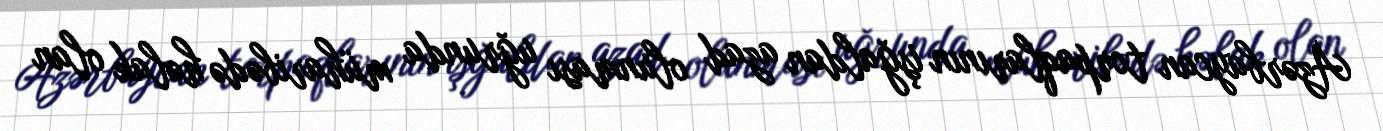
Azərbaycan torpaqlarının işğaldan azad olunması uğrunda müharibədə həlak olan